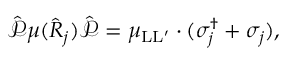
\hat { \mathcal P } \mu ( \hat { R } _ { j } ) \hat { \mathcal P } = \mu _ { \mathrm { L L ^ { \prime } } } \cdot ( \sigma _ { j } ^ { \dagger } + \sigma _ { j } ) ,